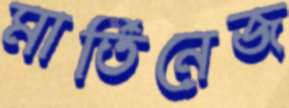
মার্তিনেজ